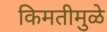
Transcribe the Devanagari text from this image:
किमतीमुळे